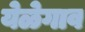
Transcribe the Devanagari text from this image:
येळेगाव